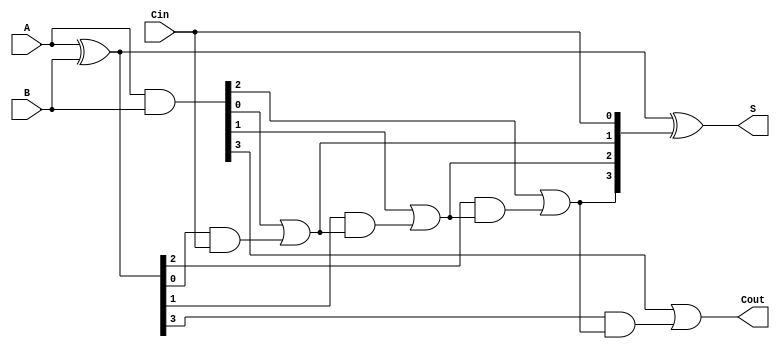
module CarryInLookaheadAdder #(parameter N = 4) (
    input  wire [N-1:0] A,     // First n-bit input
    input  wire [N-1:0] B,     // Second n-bit input
    input  wire Cin,            // Carry-in input
    output wire [N-1:0] S,      // n-bit sum output
    output wire Cout            // Carry-out output
);

    // Generate and propagate signals
    wire [N-1:0] G; // Generate
    wire [N-1:0] P; // Propagate
    wire [N:0] C;   // Carry signals

    // Generate and propagate logic
    assign G = A & B;           // G[i] = A[i] AND B[i]
    assign P = A ^ B;           // P[i] = A[i] XOR B[i]

    // Carry logic
    assign C[0] = Cin;          // C[0] = Cin
    genvar i;
    generate
        for (i = 0; i < N-1; i = i + 1) begin : carry_calc
            assign C[i+1] = G[i] | (P[i] & C[i]); // C[i+1] = G[i] OR (P[i] AND C[i])
        end
    endgenerate
    assign Cout = G[N-1] | (P[N-1] & C[N-1]); // Cout = G[N-1] OR (P[N-1] AND C[N-1])

    // Sum calculation
    assign S = P ^ C[N-1:0]; // S[i] = P[i] XOR C[i]

endmodule